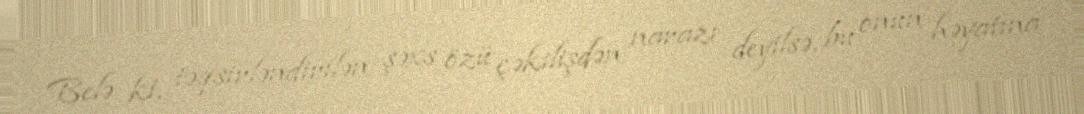
Belə ki, təqsirləndirilən şəxs özü çəkilişdən narazı deyilsə, bu onun həyatına